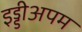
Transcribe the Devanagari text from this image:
इड्डीअपम